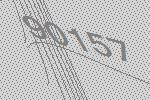
90157